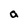
Character: a